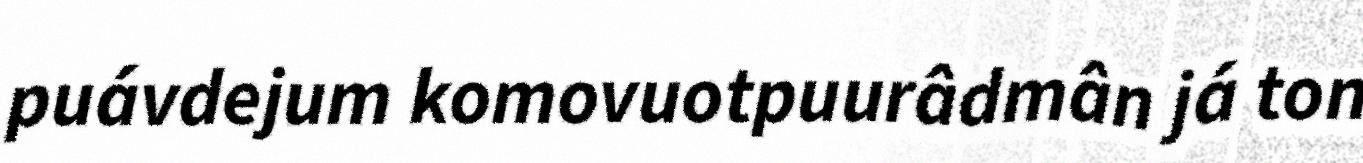
puávdejum komovuotpuurâdmân já ton